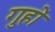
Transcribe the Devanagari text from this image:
गुहों